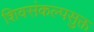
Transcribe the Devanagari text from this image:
शिवसंकल्पसुक्त